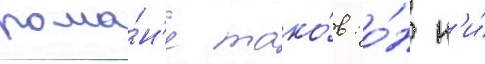
рома́н'е тако́в: о́н н'и́